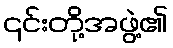
၎င်းတို့အဖွဲ့၏